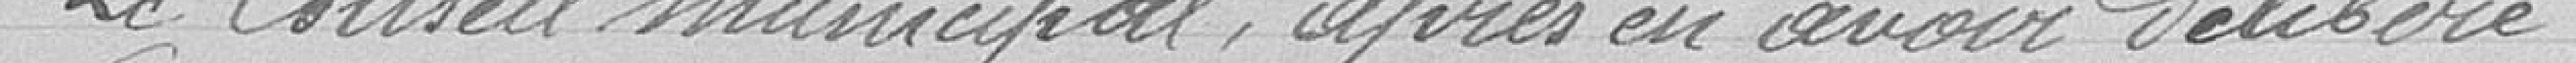
Le Conseil municipal, après en avoir délibéré :